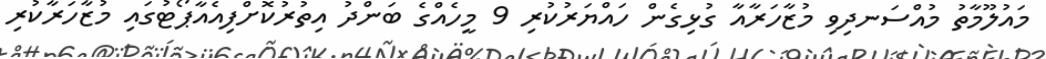
މައުލޫމާތު މުއްސަނދިވި މުޒާހަރާއާ ގުޅިގެން ހައްޔަރުކުރި 9 މީހެއްގެ ބަންދު އިތުރުކޮށްފިއެއާޕޯޓުގައި މުޒާހަރާކުރި